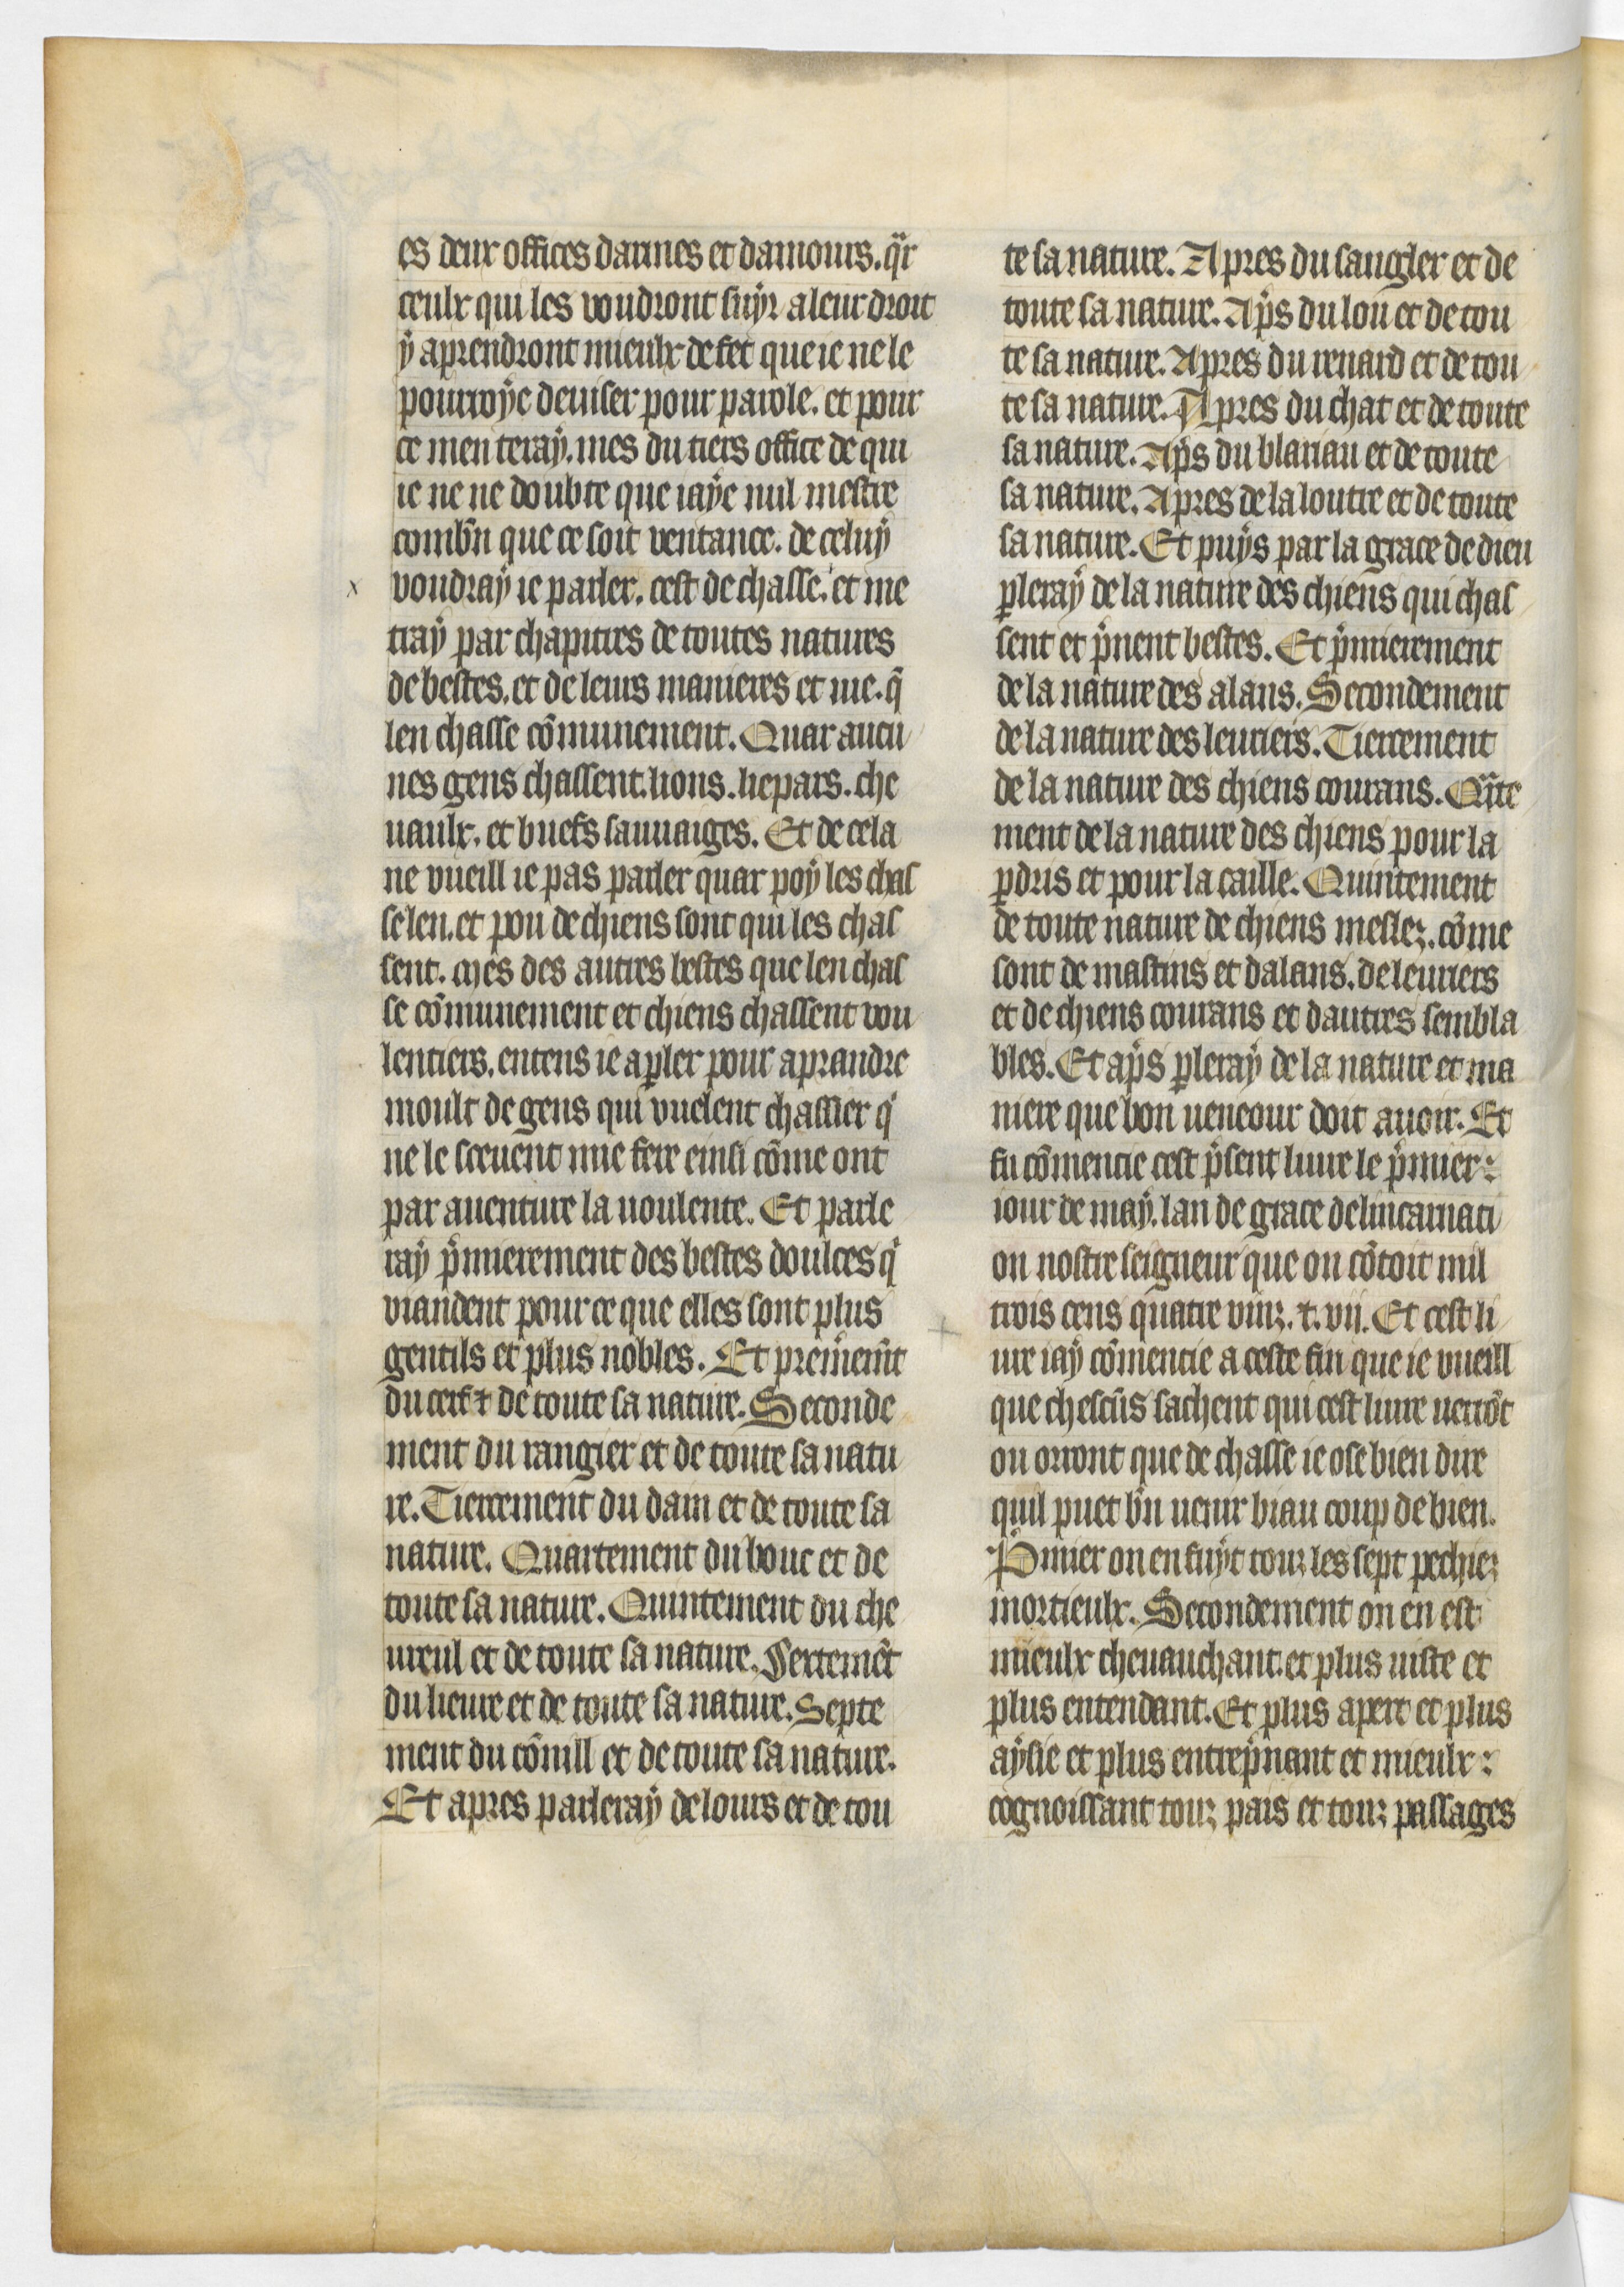
Shelfmark: Paris, BnF, fr. 619
Century: 14